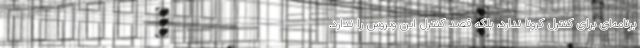
برنامه‌ای برای کنترل کرونا ندارد، بلکه قصد کنترل این ویروس را ندارد.